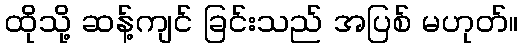
ထိုသို့ ဆန့်ကျင် ခြင်းသည် အပြစ် မဟုတ်။